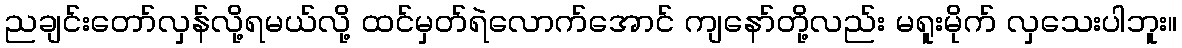
ညချင်းတော်လှန်လို့ရမယ်လို့ ထင်မှတ်ရဲလောက်အောင် ကျနော်တို့လည်း မရူးမိုက် လှသေးပါဘူး။